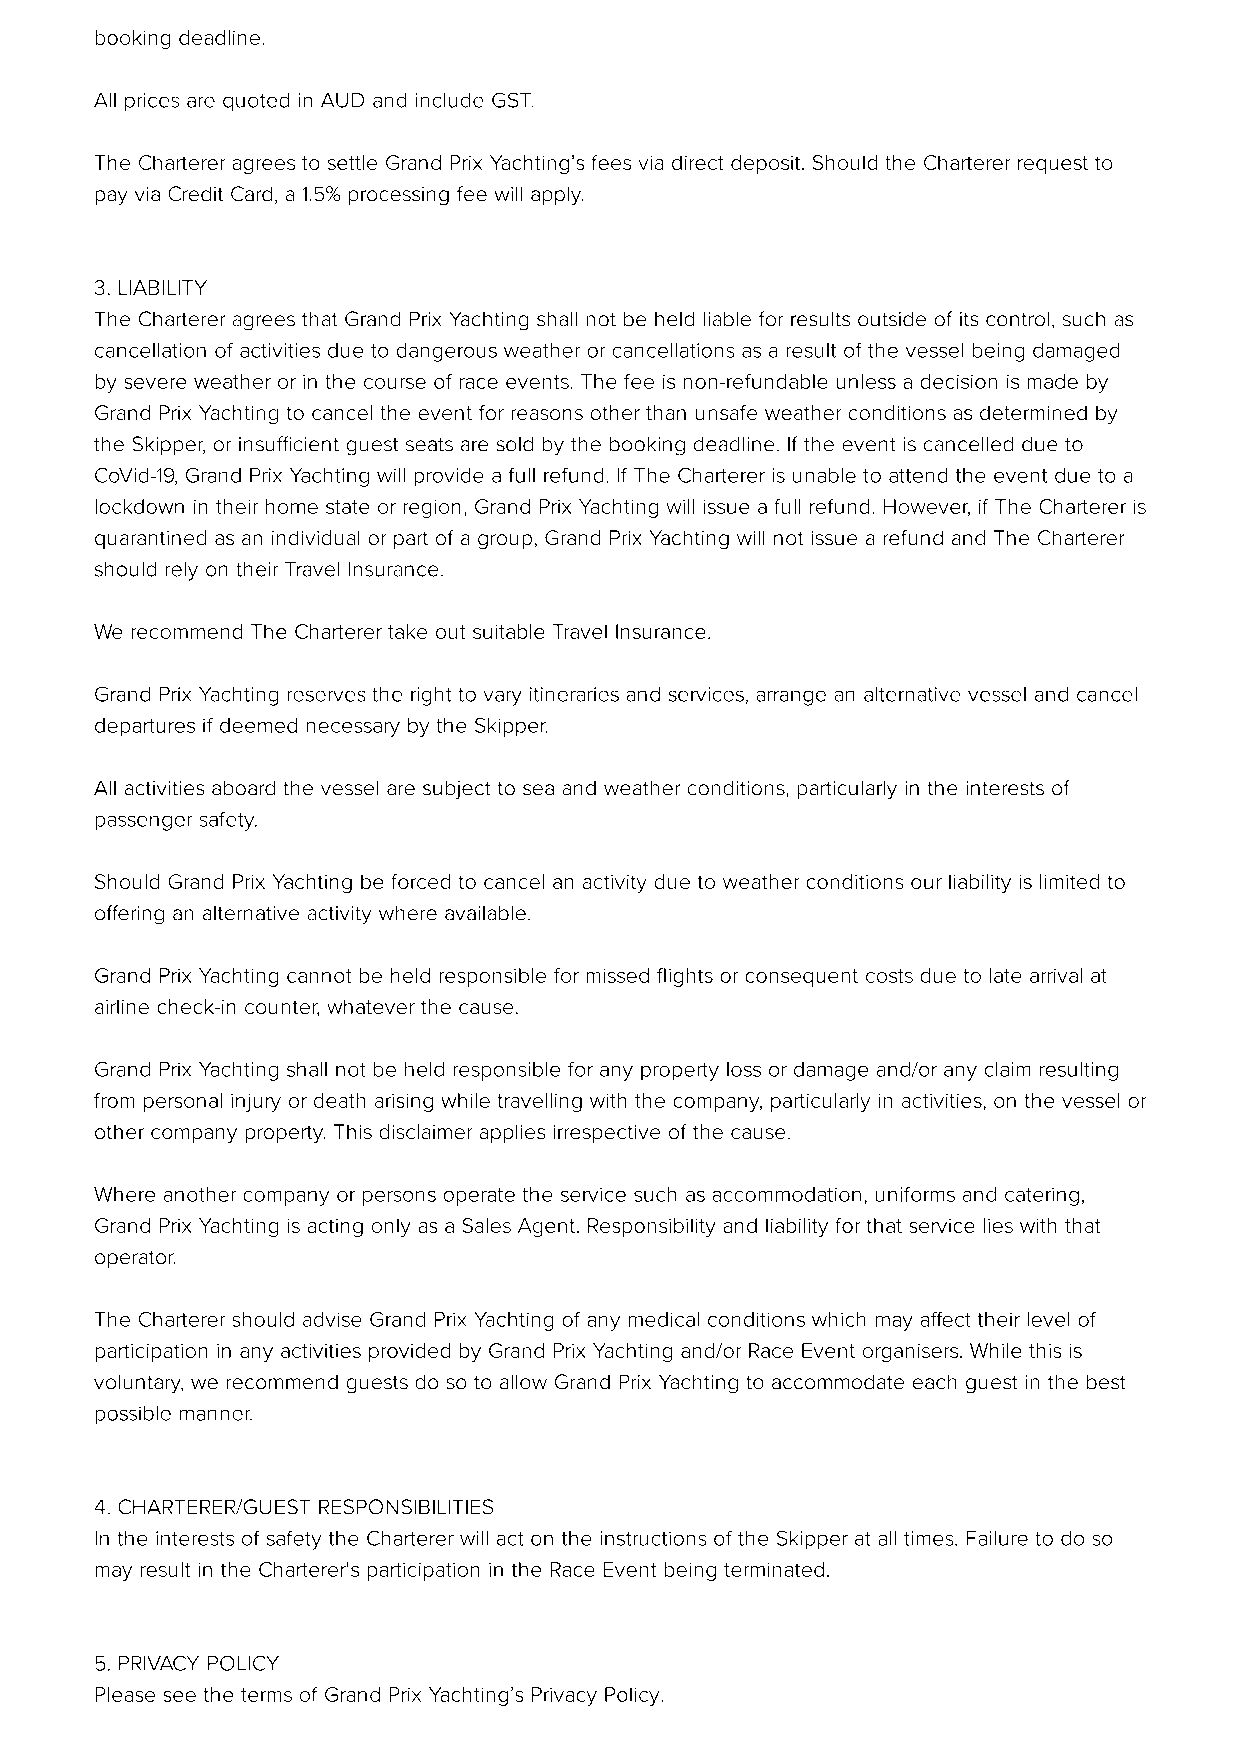
booking deadline.
 All prices are quoted in AUD and include GST.
 The Charterer agrees to settle Grand Prix Yachting’s fees via direct deposit. Should the Charterer request to
 pay via Credit Card, a 1.5% processing fee will apply.
 3. LIABILITY
 The Charterer agrees that Grand Prix Yachting shall not be held liable for results outside of its control, such as
 cancellation of activities due to dangerous weather or cancellations as a result of the vessel being damaged
 by severe weather or in the course of race events. The fee is non-refundable unless a decision is made by
 Grand Prix Yachting to cancel the event for reasons other than unsafe weather conditions as determined by
 the Skipper, or insucient guest seats are sold by the booking deadline. If the event is cancelled due to
 CoVid-19, Grand Prix Yachting will provide a full refund. If The Charterer is unable to attend the event due to a
 lockdown in their home state or region, Grand Prix Yachting will issue a full refund. However, if The Charterer is
 quarantined as an individual or part of a group, Grand Prix Yachting will not issue a refund and The Charterer
 should rely on their Travel Insurance.
 We recommend The Charterer take out suitable Travel Insurance.
 Grand Prix Yachting reserves the right to vary itineraries and services, arrange an alternative vessel and cancel
 departures if deemed necessary by the Skipper.
 All activities aboard the vessel are subject to sea and weather conditions, particularly in the interests of
 passenger safety.
 Should Grand Prix Yachting be forced to cancel an activity due to weather conditions our liability is limited to
 oering an alternative activity where available.
 Grand Prix Yachting cannot be held responsible for missed ights or consequent costs due to late arrival at
 airline check-in counter, whatever the cause.
 Grand Prix Yachting shall not be held responsible for any property loss or damage and/or any claim resulting
 from personal injury or death arising while travelling with the company, particularly in activities, on the vessel or
 other company property. This disclaimer applies irrespective of the cause.
 Where another company or persons operate the service such as accommodation, uniforms and catering,
 Grand Prix Yachting is acting only as a Sales Agent. Responsibility and liability for that service lies with that
 operator.
 The Charterer should advise Grand Prix Yachting of any medical conditions which may aect their level of
 participation in any activities provided by Grand Prix Yachting and/or Race Event organisers. While this is
 voluntary, we recommend guests do so to allow Grand Prix Yachting to accommodate each guest in the best
 possible manner.
 4. CHARTERER/GUEST RESPONSIBILITIES
 In the interests of safety the Charterer will act on the instructions of the Skipper at all times. Failure to do so
 may result in the Charterer's participation in the Race Event being terminated.
 5. PRIVACY POLICY
 Please see the terms of Grand Prix Yachting’s Privacy Policy.